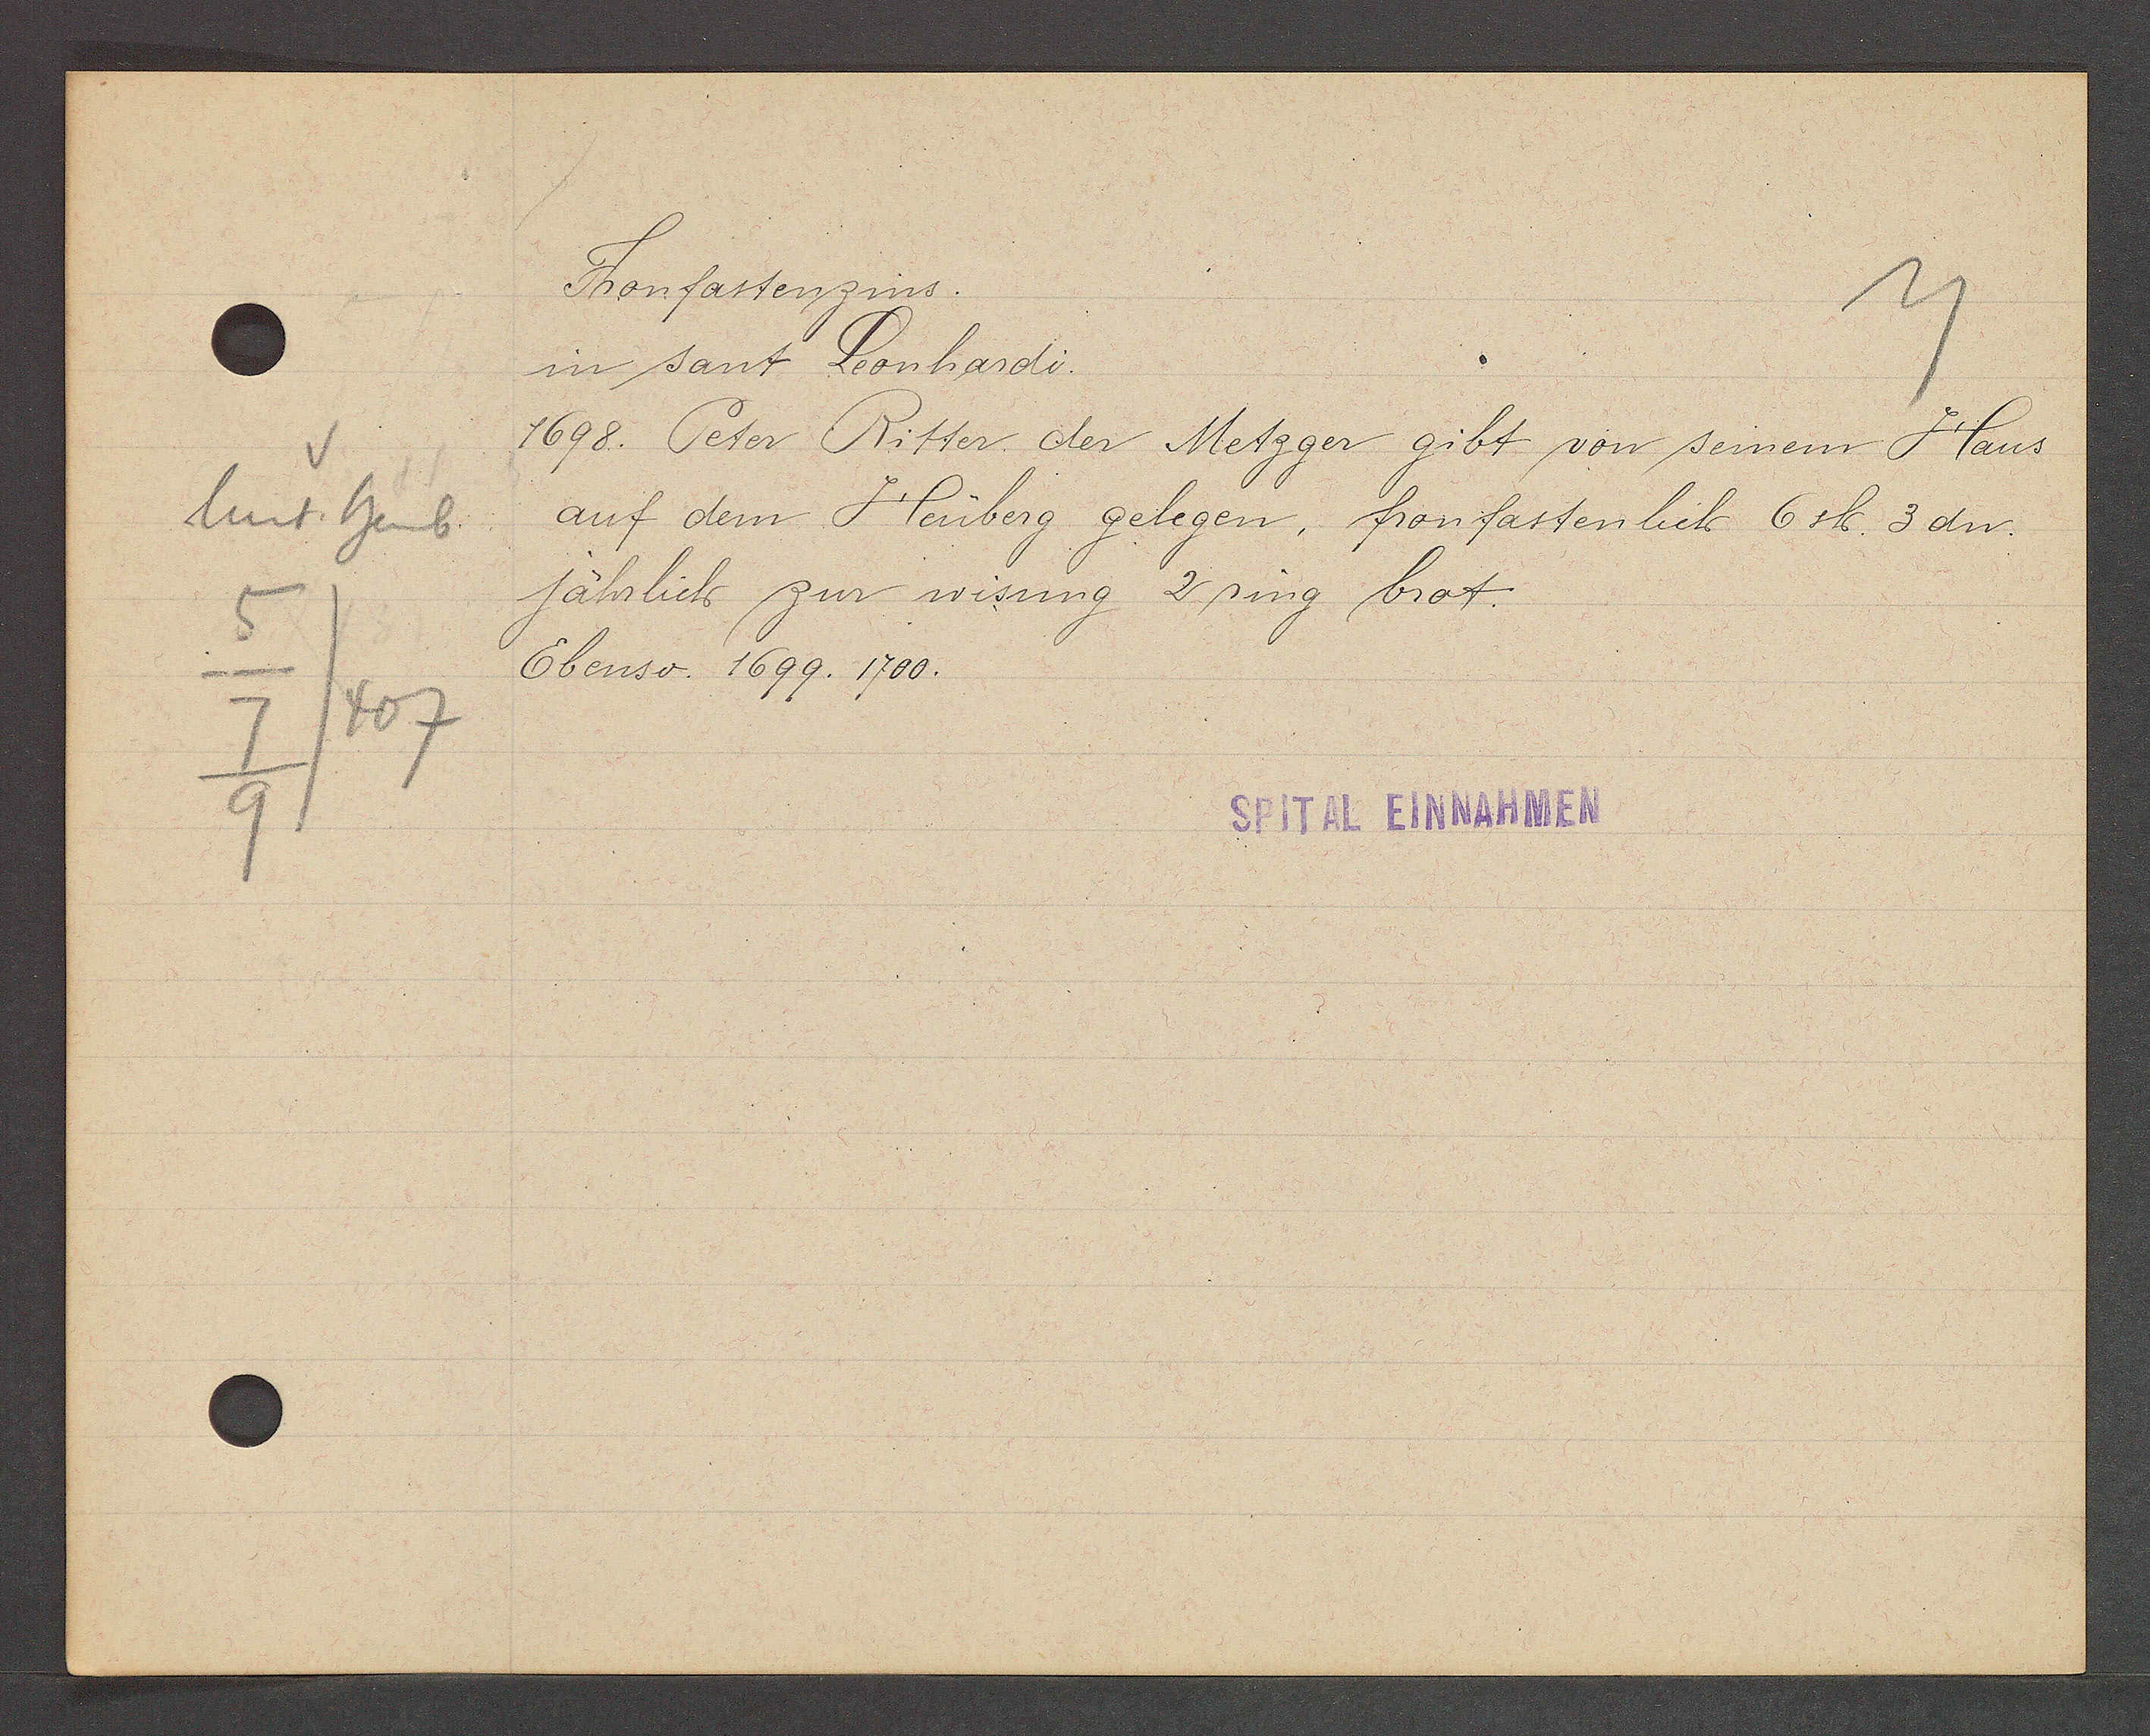
Transcript:
Unt. heub
5
/407
7
9

Fronfastenzins.

in sant Leonhardi.
1698. Peter Ritter der Metzger gibt von seinem Haus
auf dem Heuberg gelegen, fronfastenlich 6 sh. 3 dn.
jährlich zur wisung 2 ring brot.
Ebenso. 1699. 1700.

SPITAL EINNAHMEN